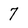
Character: 7